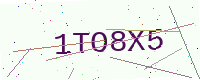
Text: 1TO8X5